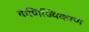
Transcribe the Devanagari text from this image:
बाणिज्यिकरण